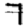
Digit: 7